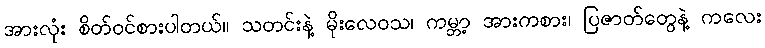
အားလုံး စိတ်ဝင်စားပါတယ်။ သတင်းနဲ့ မိုးလေဝသ၊ ကမ္ဘာ့ အားကစား၊ ပြဇာတ်တွေနဲ့ ကလေး